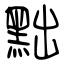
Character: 黜